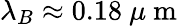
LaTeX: \lambda_{B}\approx 0.18\mathrm{~}\mu\mathrm{~m~}